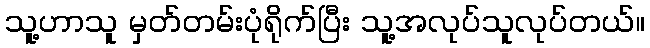
သူ့ဟာသူ မှတ်တမ်းပုံရိုက်ပြီး သူ့အလုပ်သူလုပ်တယ်။